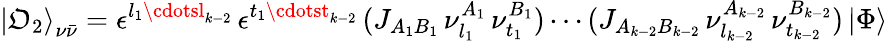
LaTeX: {\vert\mathfrak{O}_{2}\rangle}_{\nu\bar{{\nu}}}=\epsilon^{l_{1}\cdotsl_{k-2}}\, \epsilon^{t_{1}\cdotst_{k-2}}\, (J_{A_{1}B_{1}}\, \nu_{l_{1}}^{A_{1}}\, \nu_{t_{1}}^{B_{1}})\cdots(J_{A_{k-2}B_{k-2}}\, \nu_{l_{k-2}}^{A_{k-2}}\, \nu_{t_{k-2}}^{B_{k-2}})\, \vert\Phi\rangle